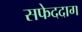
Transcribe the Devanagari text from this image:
सफेददाग